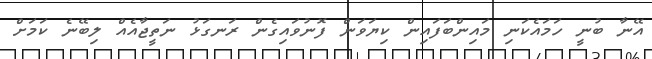
އޭނާ ބުނީ ހަމައެކަނި މައިންބަފައިން ކިޔަވަން ފޮނުވައިގެން ރަނގަޅު ނަތީޖާއެއް ލިބޭނެ ކަމަށް